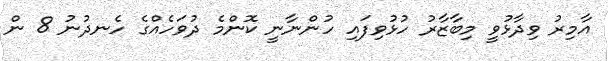
އާމިރު ވިދާޅުވީ މިބާޒާރު ހުޅުވިފައި ހުންނާނީ ކޮންމެ ދުވަހެއްގެ ހެނދުނު 8 ން